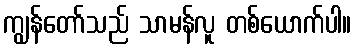
ကျွန်တော်သည် သာမန်လူ တစ်ယောက်ပါ။